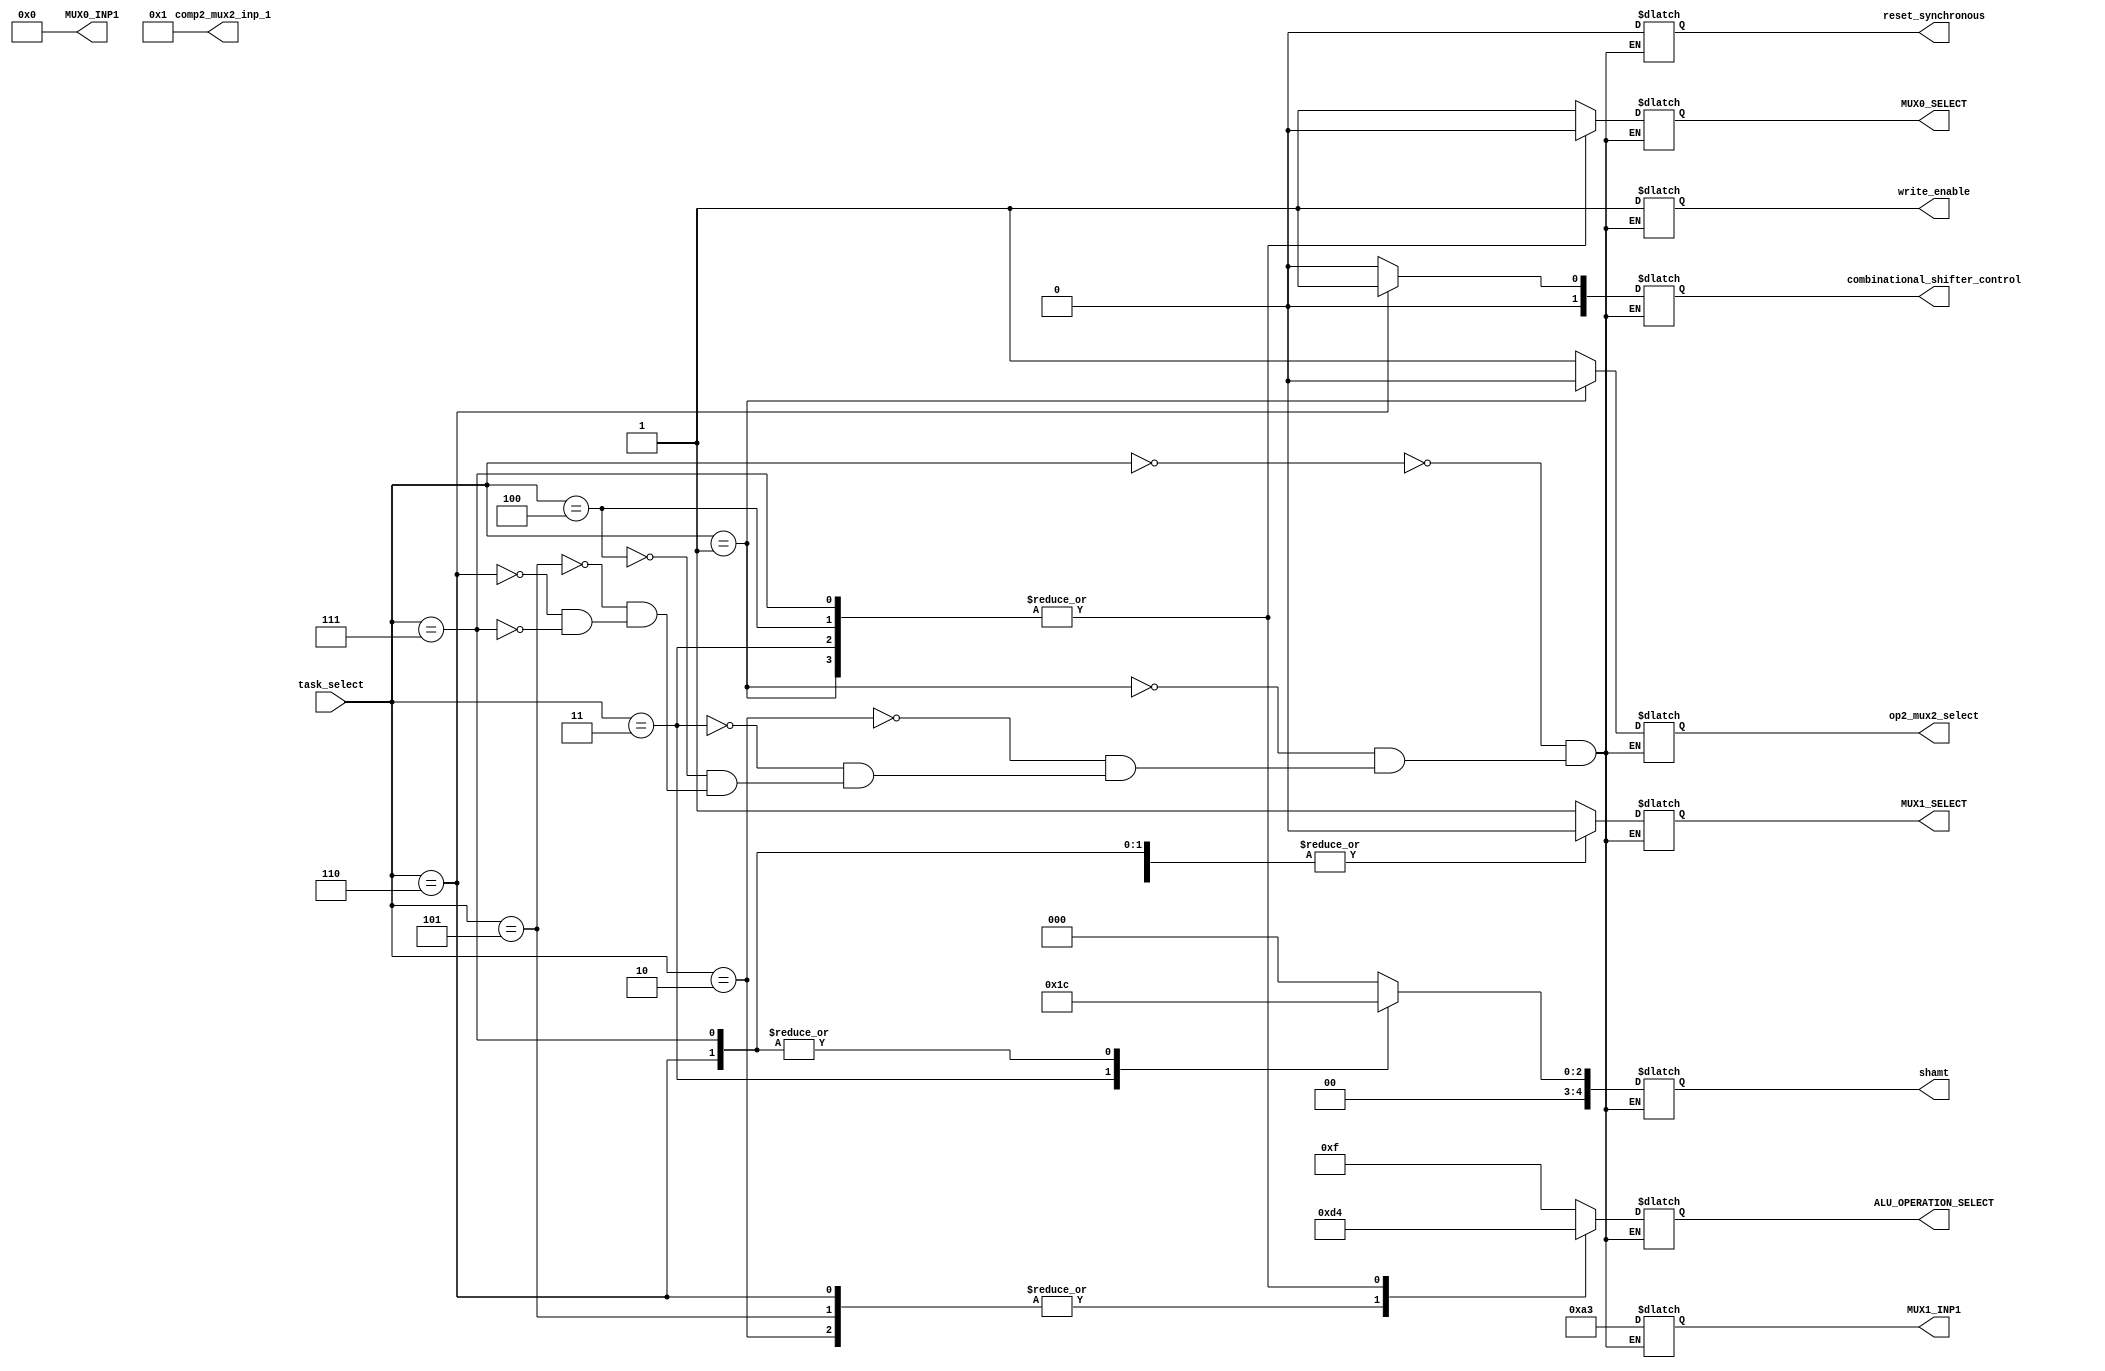
module controller #(parameter W = 8) (task_select, MUX0_SELECT, MUX1_SELECT, MUX0_INP1, ALU_OPERATION_SELECT, MUX1_INP1, shamt, write_enable, reset_synchronous, combinational_shifter_control, comp2_mux2_inp_1, op2_mux2_select);
    input [3:0] task_select;

    reg [2:0] state_number;

    output reg [0:0] MUX0_SELECT;
    output reg [0:0] MUX1_SELECT;
    
    output reg [W-1:0] MUX0_INP1;

    output reg [3:0] ALU_OPERATION_SELECT;
    output reg [W-1:0] MUX1_INP1;

    output reg [4:0] shamt;
    output reg write_enable;
    output reg reset_synchronous;
	 
	 output reg [1:0] combinational_shifter_control;
	 output reg [W-1:0] comp2_mux2_inp_1 = 1;
	 output reg [0:0] op2_mux2_select;


 

    initial begin
			state_number = 0;
			MUX0_INP1 = 0; 
	 end
	 
	 always @(*)
		begin 
			case (task_select)
				4'd0: 
					begin
						MUX0_SELECT <= 1;
						MUX1_SELECT <= 1;
						MUX0_INP1 <= 0;
						ALU_OPERATION_SELECT <= 4'd15;
						MUX1_INP1 <= 8'b10100011;
						shamt <= 0;
						write_enable <= 1;
						reset_synchronous <= 0;
						combinational_shifter_control <= 0;
						op2_mux2_select = 1;
					end
				4'd1:
					begin
						MUX0_SELECT <= 0;
						MUX1_SELECT <= 0;
						MUX0_INP1 <= 0 ;
						ALU_OPERATION_SELECT <= 4'd4;
						MUX1_INP1 <= 8'b10100011;
						shamt <= 0;
						write_enable <= 1;
						reset_synchronous <= 0;
						combinational_shifter_control <= 2'b00 ;
						op2_mux2_select <= 0;
					end
				4'd2: 
					begin
						MUX0_SELECT <= 1;
						MUX1_SELECT <= 1;
						MUX0_INP1 <= 0 ;
						ALU_OPERATION_SELECT <= 4'd13;
						MUX1_INP1 <= 8'b10100011;
						shamt <= 0;
						write_enable <= 1;
						reset_synchronous <= 0;
						combinational_shifter_control <= 2'b00 ;
						op2_mux2_select <= 1;					
					end
				4'd3: 
					begin
						MUX0_SELECT <= 0;
						MUX1_SELECT <= 0;
						MUX0_INP1 <= 0 ;
						ALU_OPERATION_SELECT <= 4'd4;
						MUX1_INP1 <= 8'b10100011;
						shamt <= 5'd3;
						write_enable <= 1;
						reset_synchronous <= 0;
						combinational_shifter_control <= 2'b00 ;
						op2_mux2_select <= 1;					
					end
				4'd4: 
					begin
						MUX0_SELECT <= 0;
						MUX1_SELECT <= 1;
						MUX0_INP1 <= 0 ;
						ALU_OPERATION_SELECT <= 4'd4;
						MUX1_INP1 <= 8'b10100011;
						shamt <= 0;
						write_enable <= 1;
						reset_synchronous <= 0;
						combinational_shifter_control <= 2'b00 ;
						op2_mux2_select <= 1;					
					end
				4'd5:
					begin
						MUX0_SELECT <= 1;
						MUX1_SELECT <= 1;
						MUX0_INP1 <= 0 ;
						ALU_OPERATION_SELECT <= 4'd13;
						MUX1_INP1 <= 8'b10100011;
						shamt <= 0;
						write_enable <= 1;
						reset_synchronous <= 0;
						combinational_shifter_control <= 2'b00;
						op2_mux2_select <= 1;					
					end
				4'd6: 
					begin
						MUX0_SELECT <= 1;
						MUX1_SELECT <= 0;
						MUX0_INP1 <= 0 ;
						ALU_OPERATION_SELECT <= 4'd13;
						MUX1_INP1 <= 8'b10100011;
						shamt <= 5'd4;
						write_enable <= 1;
						reset_synchronous <= 0;
						combinational_shifter_control <= 2'b01;
						op2_mux2_select <= 1;					
					end
				4'd7: 
					begin
						MUX0_SELECT <= 0;
						MUX1_SELECT <= 0;
						MUX0_INP1 <= 0 ;
						ALU_OPERATION_SELECT <= 4'd4;
						MUX1_INP1 <= 8'b10100011;
						shamt <= 5'd4;
						write_enable <= 1;
						reset_synchronous <= 0;
						combinational_shifter_control <= 2'b00 ;
						op2_mux2_select <= 1;					
					end
			endcase
		end



endmodule